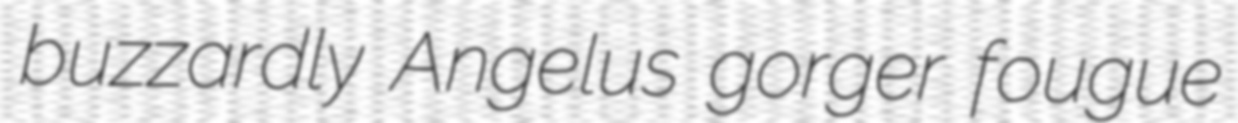
buzzardly Angelus gorger fougue